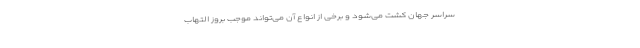
سراسر جهان کشت می‌شود و برخی از انواع آن می‌تواند موجب بروز التهاب